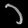
Digit: ၁